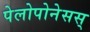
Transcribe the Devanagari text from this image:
पेलोपोनेसस्